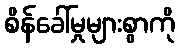
စိန်ခေါ်မှုများစွာကို